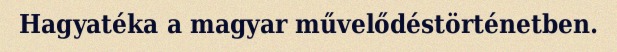
Hagyatéka a magyar művelődéstörténetben.